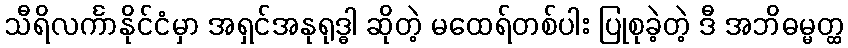
သီရိလင်္ကာနိုင်ငံမှာ အရှင်အနုရုဒ္ဓါ ဆိုတဲ့ မထေရ်တစ်ပါး ပြုစုခဲ့တဲ့ ဒီ အဘိဓမ္မတ္ထ